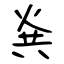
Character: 烡